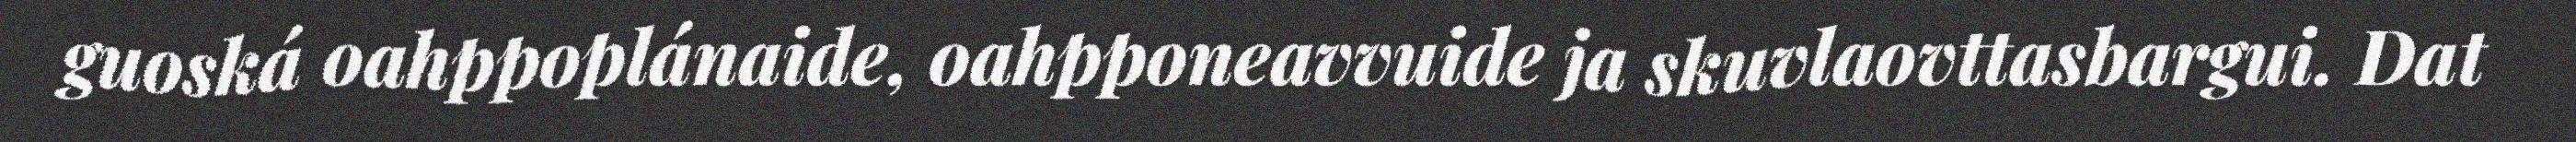
guoská oahppoplánaide, oahpponeavvuide ja skuvlaovttasbargui. Dat